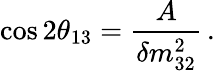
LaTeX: \cos 2\theta_{13}=\frac{A}{\delta m_{32}^{2}}\, .